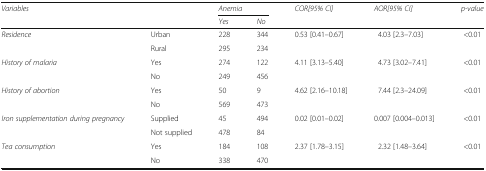
<table><thead><tr><td rowspan="2" colspan="2"><b><i>Variables</i></b></td><td colspan="2"><b><i>Anemia</i></b></td><td rowspan="2"><b><i>COR[95% CI]</i></b></td><td rowspan="2"><b><i>AOR[95% CI]</i></b></td><td rowspan="2"><b><i>p-value</i></b></td></tr><tr><td><b><i>Yes</i></b></td><td><b><i>No</i></b></td></tr></thead><tbody><tr><td rowspan="2"><i>Residence</i></td><td>Urban</td><td>228</td><td>344</td><td rowspan="2">0.53 [0.41–0.67]</td><td rowspan="2">4.03 [2.3–7.03]</td><td rowspan="2">&lt;0.01</td></tr><tr><td>Rural</td><td>295</td><td>234</td></tr><tr><td rowspan="2"><i>History of malaria</i></td><td>Yes</td><td>274</td><td>122</td><td rowspan="2">4.11 [3.13–5.40]</td><td rowspan="2">4.73 [3.02–7.41]</td><td rowspan="2">&lt;0.01</td></tr><tr><td>No</td><td>249</td><td>456</td></tr><tr><td rowspan="2"><i>History of abortion</i></td><td>Yes</td><td>50</td><td>9</td><td rowspan="2">4.62 [2.16–10.18]</td><td rowspan="2">7.44 [2.3–24.09]</td><td rowspan="2">&lt;0.01</td></tr><tr><td>No</td><td>569</td><td>473</td></tr><tr><td rowspan="2"><i>Iron supplementation during pregnancy</i></td><td>Supplied</td><td>45</td><td>494</td><td rowspan="2">0.02 [0.01–0.02]</td><td rowspan="2">0.007 [0.004–0.013]</td><td rowspan="2">&lt;0.01</td></tr><tr><td>Not supplied</td><td>478</td><td>84</td></tr><tr><td rowspan="2"><i>Tea consumption</i></td><td>Yes</td><td>184</td><td>108</td><td rowspan="2">2.37 [1.78–3.15]</td><td rowspan="2">2.32 [1.48–3.64]</td><td rowspan="2">&lt;0.01</td></tr><tr><td>No</td><td>338</td><td>470</td></tr></tbody></table>